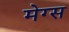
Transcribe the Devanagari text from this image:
मेग्स